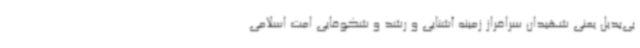
بی‌بدیل یعنی شهیدان سرافراز زمینه آشنایی و رشد و شکوفایی امت اسلامی